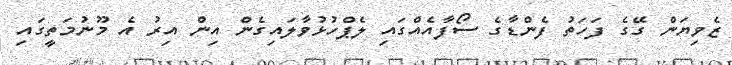
ޒެވިޔަން ގޭގެ ފަހަތު ފެންޑާގެ ސޯފާއެއްގައި ލެޕްހުޅުވާލައިގެން އިން އިރު އެ މޫނުމަތީގައި